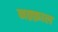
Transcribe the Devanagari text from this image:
नक़्क़ाल